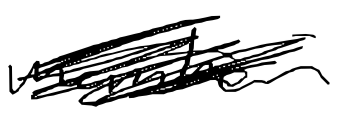
Text: member
Cross-out: scratch
Writing tool: digital_black